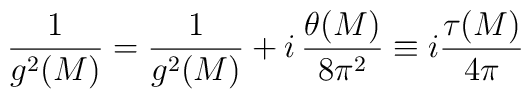
{1 \over g^2(M)}  = {1 \over g^2(M)} +  i\, {\theta(M)\over8\pi^2}\equiv   i  {\tau(M) \over  4 \pi}